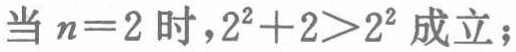
当 \(n = 2\) 时，\(2^{2}+2>2^{2}\) 成立；